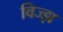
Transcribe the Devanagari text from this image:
विज्झ